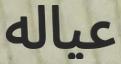
عياله